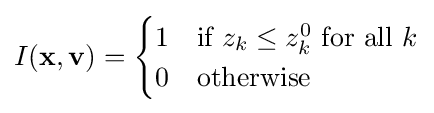
I(\mathbf {x} ,\mathbf {v} )={\begin{cases}1&{\text{if }}z_{k}\leq z_{k}^{0}{\text{ for all }}k\\0&{\text{otherwise}}\end{cases}}